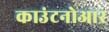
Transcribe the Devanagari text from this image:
काउंटनोआर